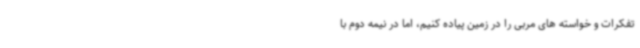
تفکرات و خواسته های مربی را در زمین پیاده کنیم، اما در نیمه دوم با